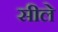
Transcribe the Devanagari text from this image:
सीले